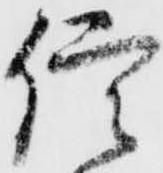
信